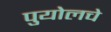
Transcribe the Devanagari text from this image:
पुयोलचे